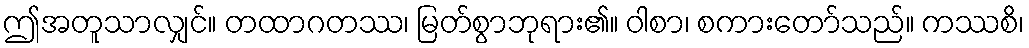
ဤအတူသာလျှင်။ တထာဂတဿ၊ မြတ်စွာဘုရား၏။ ဝါစာ၊ စကားတော်သည်။ ကဿစိ၊